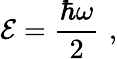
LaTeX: {\cal E}={\frac{\hbar\omega}{2}}\, \, ,